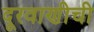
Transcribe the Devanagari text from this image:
दूरवाणीची